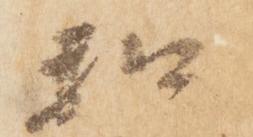
和